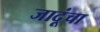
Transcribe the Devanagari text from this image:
जादूंचा